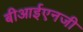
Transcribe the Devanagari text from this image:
बीआईएनजी